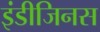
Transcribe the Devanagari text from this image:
इंडीजिनस